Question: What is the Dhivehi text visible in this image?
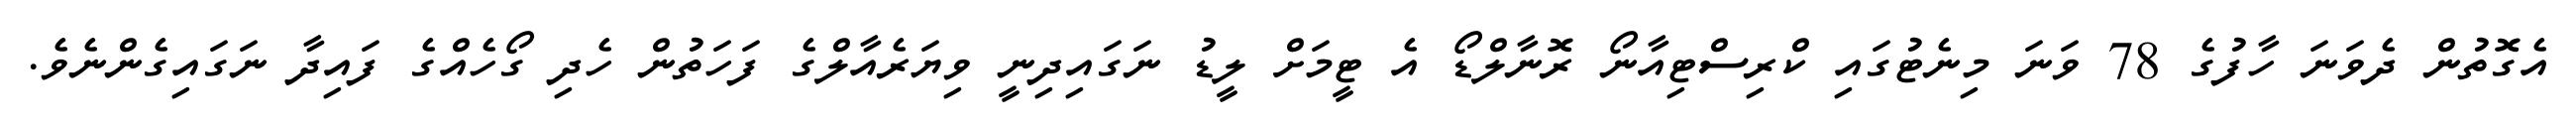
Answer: އެގޮތުން ދެވަނަ ހާފުގެ 78 ވަނަ މިނެޓުގައި ކްރިސްޓިއާނޯ ރޮނާލްޑޯ އެ ޓީމަށް ލީޑު ނަގައިދިނީ ވިޔަރެއާލްގެ ފަހަތުން ހެދި ގޯހެއްގެ ފައިދާ ނަގައިގެންނެވެ.